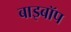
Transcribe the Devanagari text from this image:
बाइबॉप